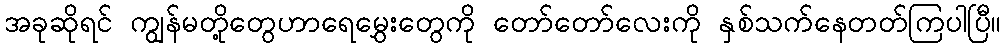
အခုဆိုရင် ကျွန်မတို့တွေဟာရေမွှေးတွေကို တော်တော်လေးကို နှစ်သက်နေတတ်ကြပါပြီ။